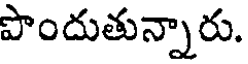
పొందుతున్నారు.